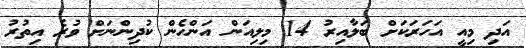
އަދި މިއީ އަހަރަކަށް ބަލާއިރު 14 މިލިއަން އަންހެން ކުދިންނަށް ވުރެ އިތުރު